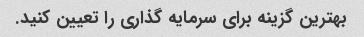
بهترین گزینه برای سرمایه گذاری را تعیین کنید.